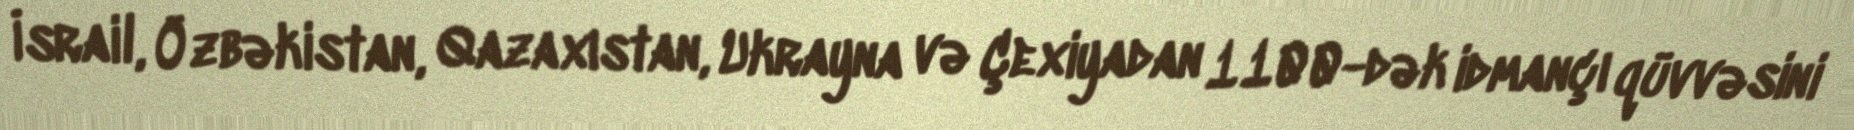
İsrail, Özbəkistan, Qazaxıstan, Ukrayna və Çexiyadan 1100-dək idmançı qüvvəsini